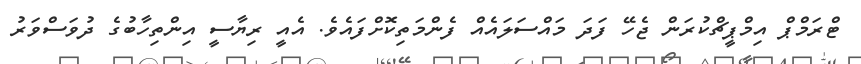
ޓްރަމްޕް އިމްޕީޗްކުރަން ޖެހޭ ފަދަ މައްސަލައެއް ފެންމަތިކޮށްފައެވެ. އެއީ ރިޔާސީ އިންތިހާބުގެ ދުވަސްވަރު